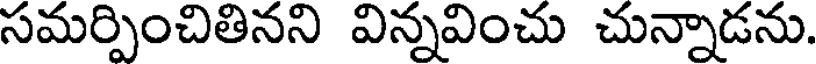
సమర్పించితినని విన్నవించు చున్నాడను.